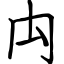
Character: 禸